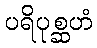
ပရိပုစ္ဆဟံ